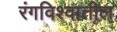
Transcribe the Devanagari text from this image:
रंगविश्वातील